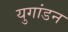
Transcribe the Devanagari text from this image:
युगांडन